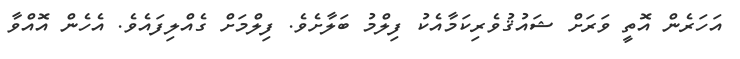
އަހަރެން އޮތީ ވަރަށް ޝައުޤުވެރިކަމާއެކު ފިލްމު ބަލާށެވެ. ފިލްމަށް ގެއްލިފައެވެ. އެހެން އޮއްވާ